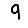
Digit: 9